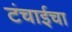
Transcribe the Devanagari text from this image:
टंचाईचा